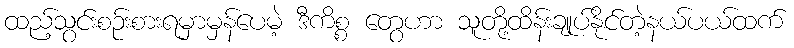
ထည့်သွင်းစဉ်းစားရမှာမှန်ပေမဲ့ ဒီကိစ္စ တွေဟာ သူတို့ထိန်းချုပ်နိုင်တဲ့နယ်ပယ်ထက်